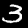
Label: 3